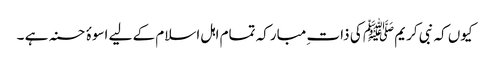
کیوں کہ نبی کریم ﷺ کی ذات ِمبارکہ تمام اہل اسلام کے لیے اسوۂ حسنہ ہے ۔